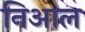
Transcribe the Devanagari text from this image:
निआल